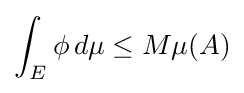
\int _{E}\phi \,d\mu \leq M\mu (A)